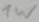
Text: 1W